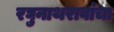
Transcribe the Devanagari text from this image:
रघुनाथरावांचा